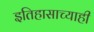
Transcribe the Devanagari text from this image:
इतिहासाच्याही